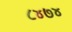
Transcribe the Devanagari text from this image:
८४७४